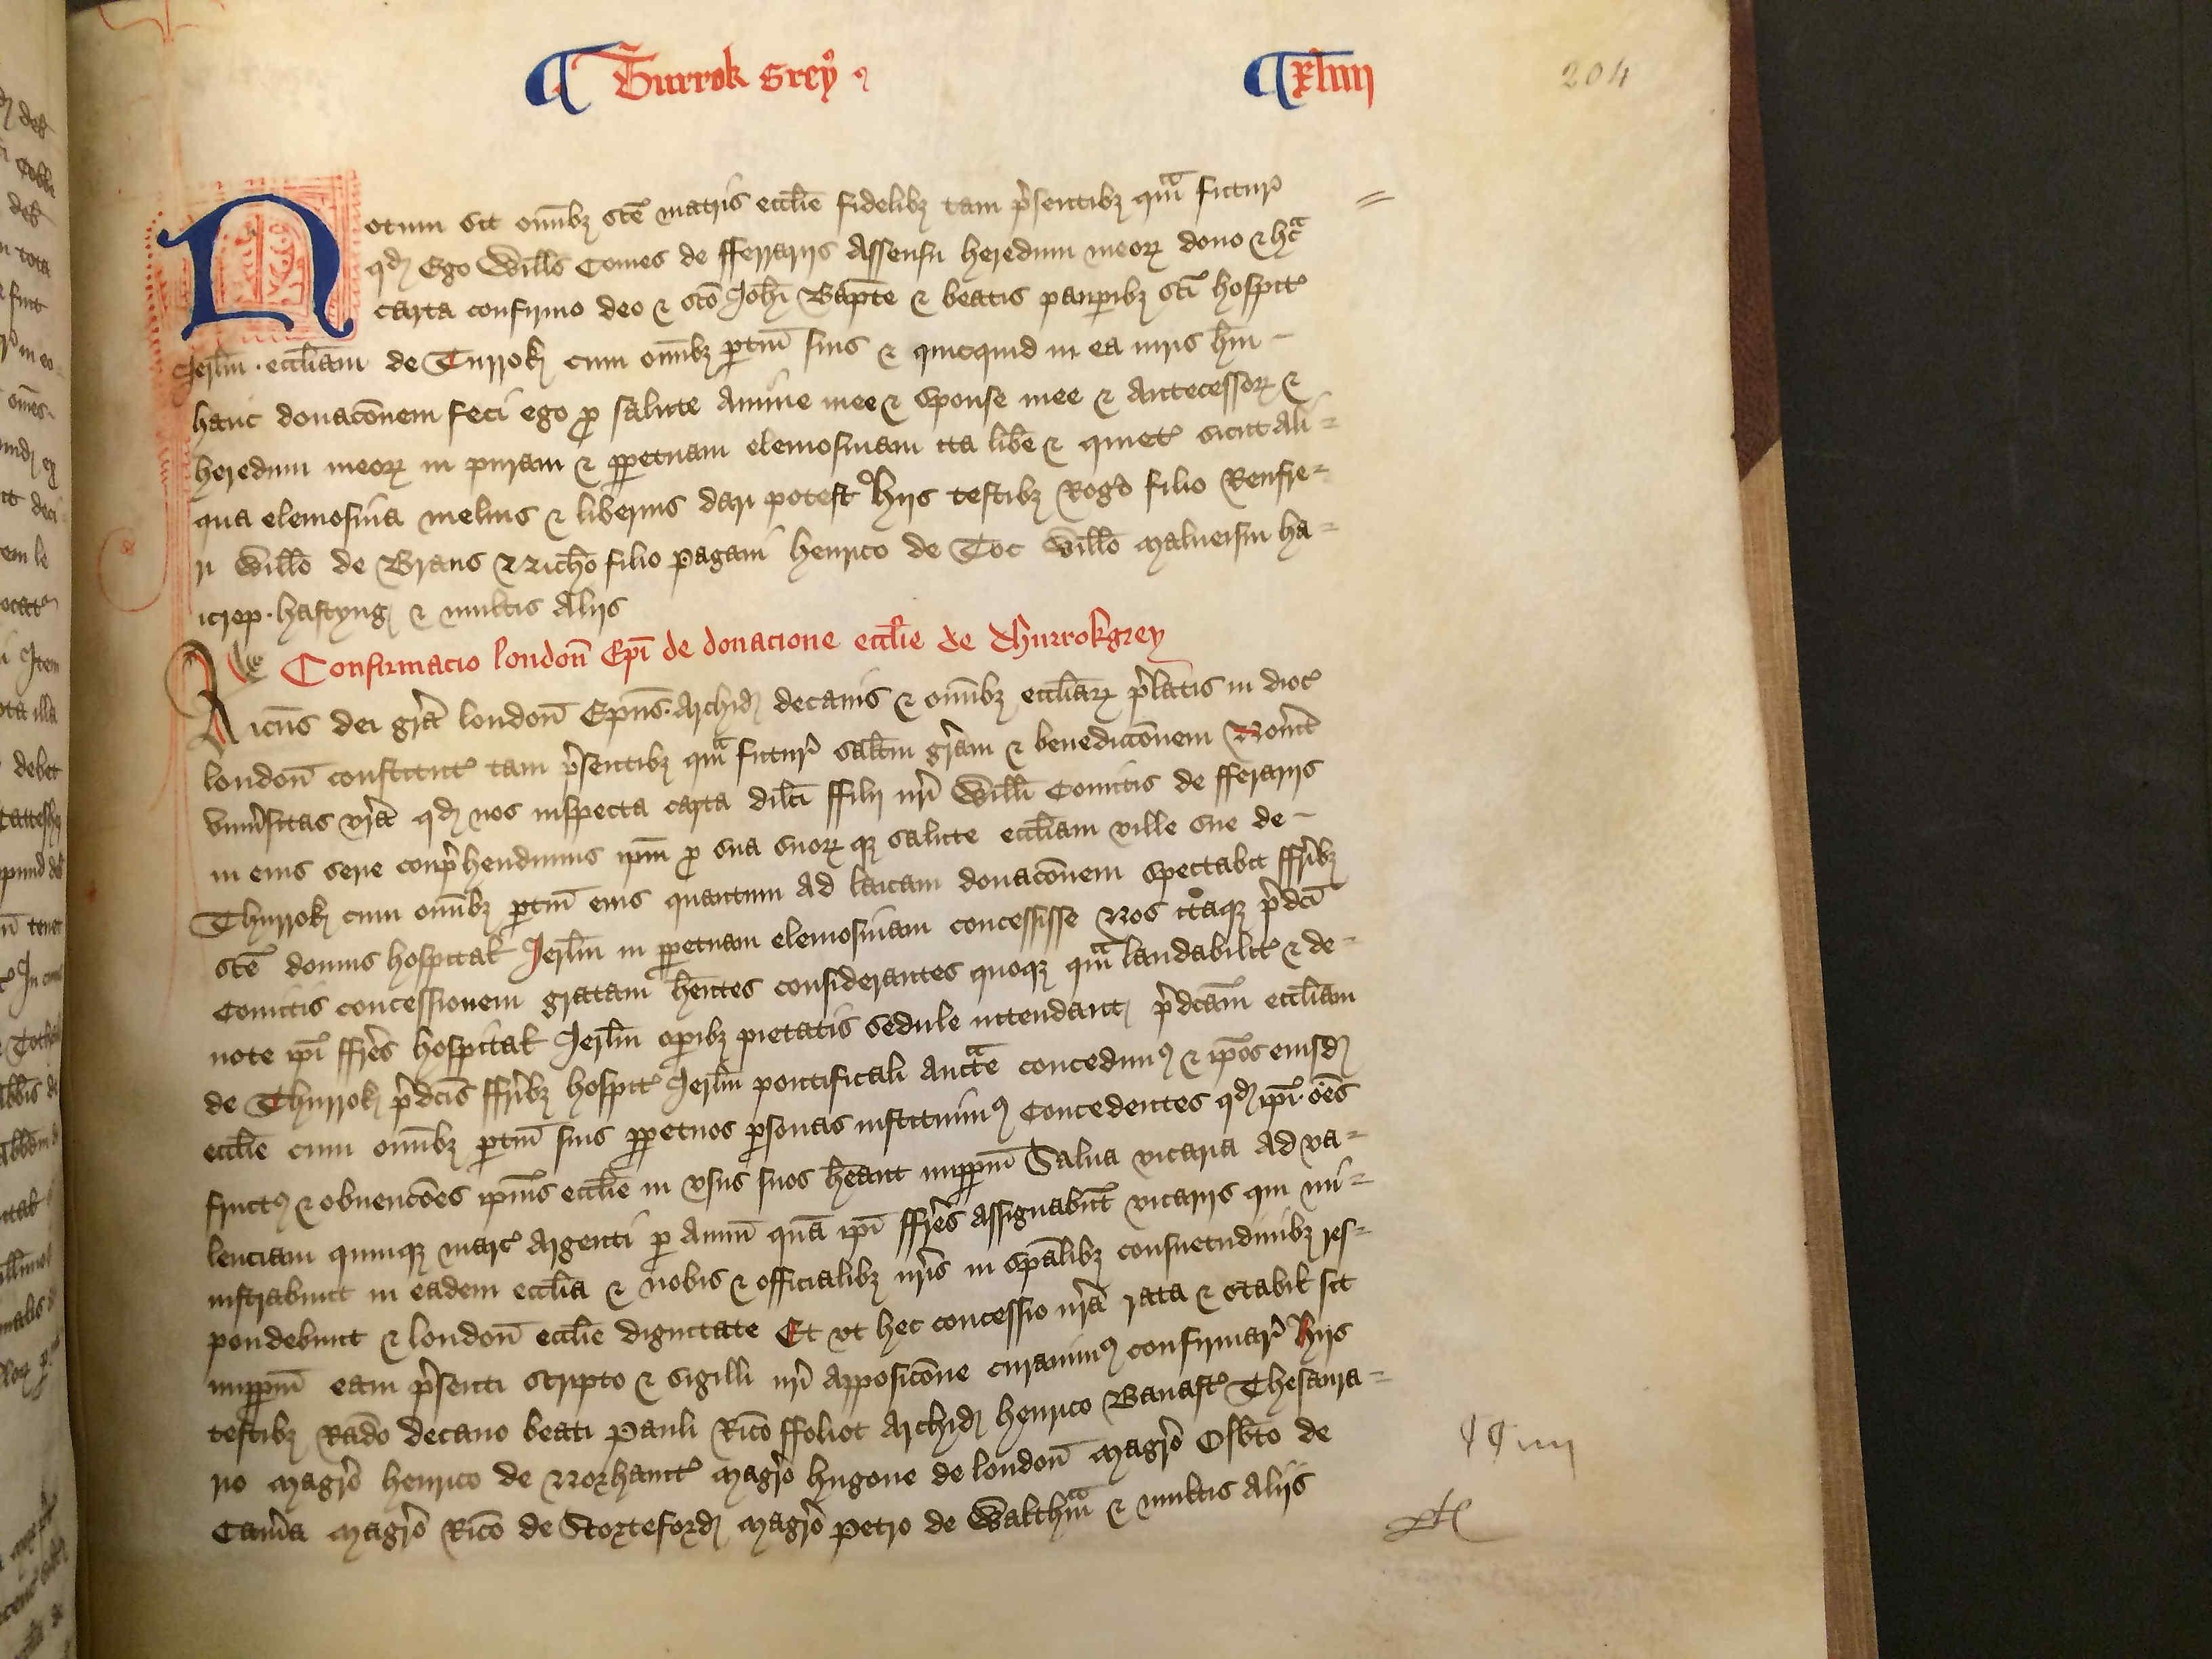
Shelfmark: London, British Library, Nero E VI
Century: 15